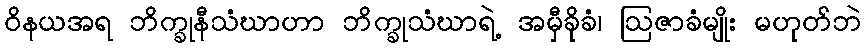
ဝိနယအရ ဘိက္ခုနီသံဃာဟာ ဘိက္ခုသံဃာရဲ့ အမှီခိုခံ၊ ဩဇာခံမျိုး မဟုတ်ဘဲ